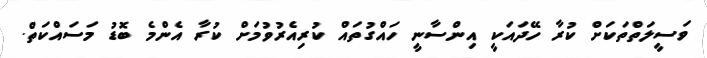
ވަސީލަތްތަކަށް ކުރާ ހޭދައަކީ އިންސާނީ ހައްގުތައް ކުރިއެރުވުމަށް ކުރާ އެންމެ ބޮޑު މަސައްކަތް.